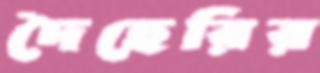
দৈহেরির